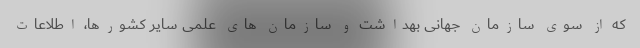
که از سوی سازمان جهانی بهداشت و سازمان های علمی سایر کشورها، اطلاعات